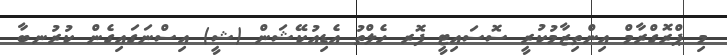
މި ޕްރޮގްރާމް އިންތިޒާމުކުރީ ސޮސައިޓީ ފޮރ ހެލްތު އެޑިއުކޭޝަން (ޝީ) އިސްނަގައިގެން ކުރުނބާ